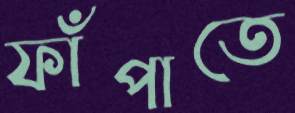
ফাঁপাতে